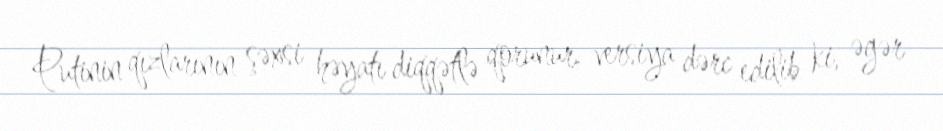
Putinin qızlarının şəxsi həyatı diqqətlə qorunur, versiya dərc edilib ki, əgər